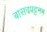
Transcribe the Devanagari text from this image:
बासवपट्टनम